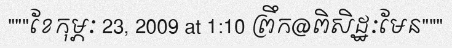
"""ខែកុម្ភៈ 23, 2009 at 1:10 ព្រឹក@ពិសិដ្ឋៈមែន"""